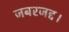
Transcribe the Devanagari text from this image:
जबरजद्द।